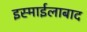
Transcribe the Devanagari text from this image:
इस्माईलाबाद